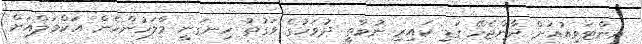
އިންޓަވިއުއަށް ދާންޖެހޭ ގަޑި ކައިރި ނުވާތީ ދުވަހުގެ ވަގުތު ހިނގަނީ މާލަހުންހެން އަކްމަލްއަށް